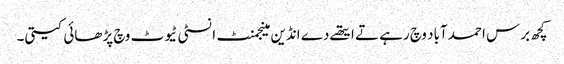
کچھ برس احمد آباد وچ رہے تے ایتھے دے انڈین مینجمنٹ انسٹی ٹیوٹ وچ پڑھائی کیتی۔